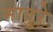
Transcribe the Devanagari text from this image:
मातुरे